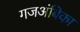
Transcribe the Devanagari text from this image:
गजअंबिका